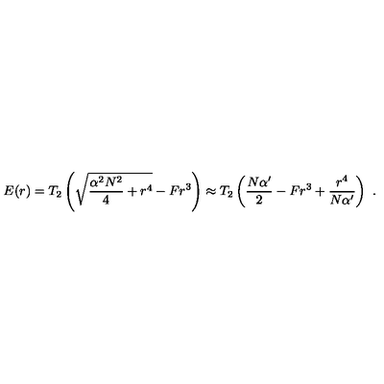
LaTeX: E ( r ) = T _ { 2 } \left( \sqrt { { \frac { \alpha ^ { 2 } N ^ { 2 } } { 4 } } + r ^ { 4 } } - F r ^ { 3 } \right) \approx T _ { 2 } \left( { \frac { N \alpha ^ { \prime } } { 2 } } - F r ^ { 3 } + { \frac { r ^ { 4 } } { N \alpha ^ { \prime } } } \right) \ .